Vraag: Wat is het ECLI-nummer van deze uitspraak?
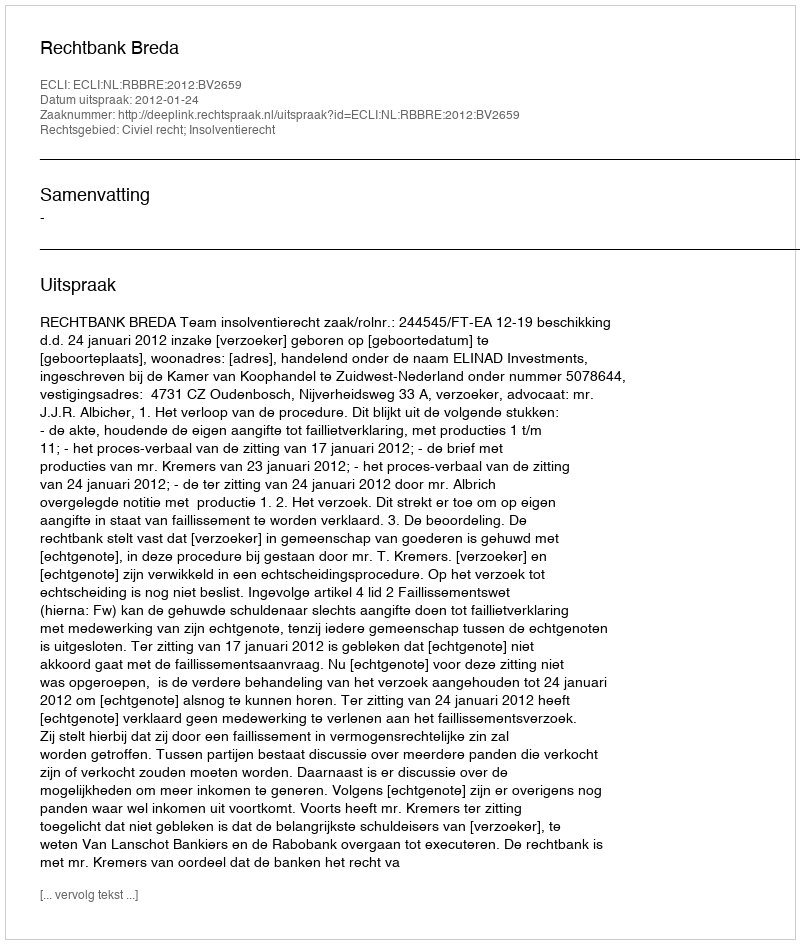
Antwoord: ECLI:NL:RBBRE:2012:BV2659